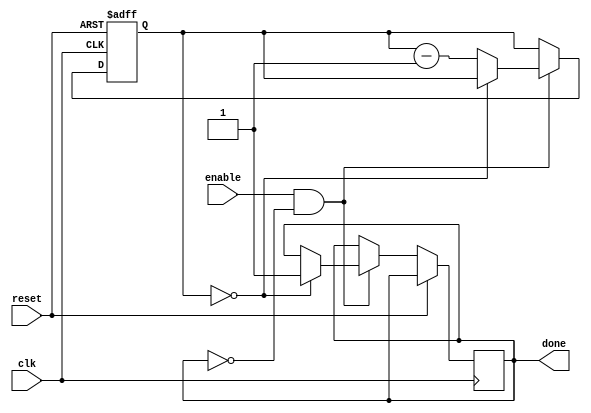
module decremental_for_loop (
    input wire clk,
    input wire reset,
    input wire enable,
    output reg done
);

reg [7:0] counter;

initial begin
    counter = 8'hFF; // Initialize counter with a given value
    done = 0;
end

always @(posedge clk or posedge reset) begin
    if (reset) begin
        counter <= 8'hFF; // Reset counter
    end else begin
        if (enable && !done) begin
            if (counter == 8'h00) begin
                done <= 1; // End of loop
            end else begin
                // Loop body functionality goes here
                counter <= counter - 1; // Decrement counter by a specified amount
            end
        end
    end
end

endmodule